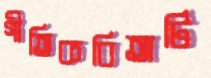
গীতিকবিতাটি